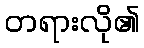
တရားလို၏